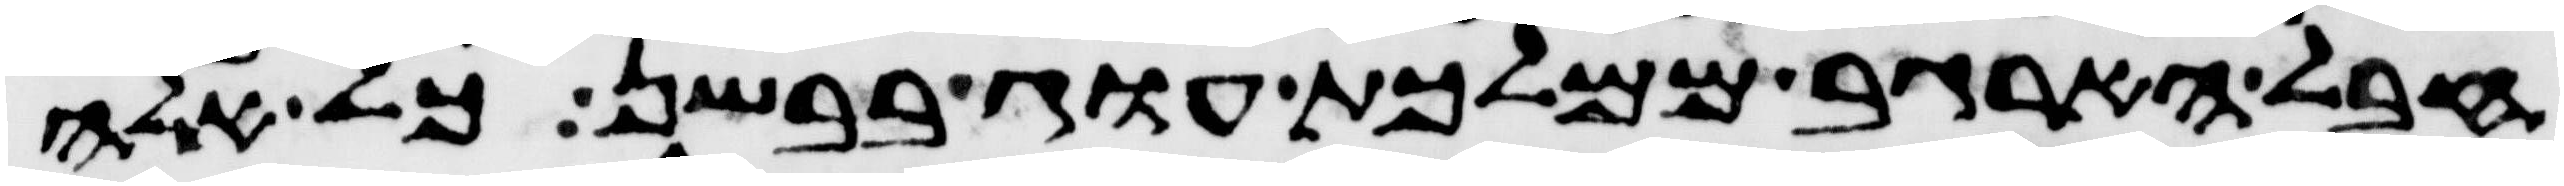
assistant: חבל הארגב ממלכות עוג בבשן כל אלה